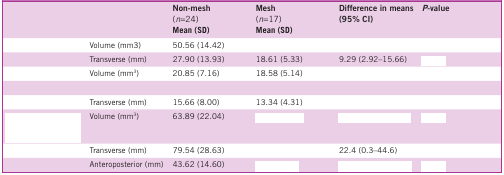
<table><thead><tr><td>[EMPTY_CELL]</td><td>[EMPTY_CELL]</td><td><b>Non-mesh(<i>n</i>=24)Mean (SD)</b></td><td><b>Mesh(<i>n</i>=17)Mean (SD)</b></td><td><b>Difference in means (95% CI)</b></td><td><b>P-value</b></td></tr></thead><tbody><tr><td>[EMPTY_CELL]</td><td>Volume (mm<sup>3</sup>)</td><td>50.56 (14.42)</td><td>[EMPTY_CELL]</td><td>[EMPTY_CELL]</td><td>[EMPTY_CELL]</td></tr><tr><td>[EMPTY_CELL]</td><td>Transverse (mm)</td><td>27.90 (13.93)</td><td>18.61 (5.33)</td><td>9.29 (2.92–15.66)</td><td>[EMPTY_CELL]</td></tr><tr><td>[EMPTY_CELL]</td><td>Volume (mm<sup>3</sup>)</td><td>20.85 (7.16)</td><td>18.58 (5.14)</td><td>[EMPTY_CELL]</td><td>[EMPTY_CELL]</td></tr><tr><td>[EMPTY_CELL]</td><td>Transverse (mm)</td><td>15.66 (8.00)</td><td>13.34 (4.31)</td><td>[EMPTY_CELL]</td><td>[EMPTY_CELL]</td></tr><tr><td>[EMPTY_CELL]</td><td>Volume (mm<sup>3</sup>)</td><td>63.89 (22.04)</td><td>[EMPTY_CELL]</td><td>[EMPTY_CELL]</td><td>[EMPTY_CELL]</td></tr><tr><td>[EMPTY_CELL]</td><td>Transverse (mm)</td><td>79.54 (28.63)</td><td>[EMPTY_CELL]</td><td>22.4 (0.3–44.6)</td><td>[EMPTY_CELL]</td></tr><tr><td>[EMPTY_CELL]</td><td>Anteroposterior (mm)</td><td>43.62 (14.60)</td><td>[EMPTY_CELL]</td><td>[EMPTY_CELL]</td><td>[EMPTY_CELL]</td></tr></tbody></table>